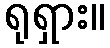
ရုရှား။